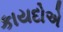
કાયદોએ